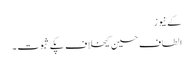
کے نیوز
الطاف حسین کیخلاف پکے ثبوت ۔